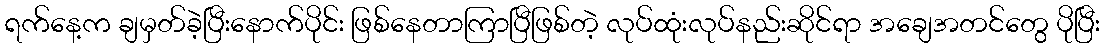
ရက်နေ့က ချမှတ်ခဲ့ပြီးနောက်ပိုင်း ဖြစ်နေတာကြာပြီဖြစ်တဲ့ လုပ်ထုံးလုပ်နည်းဆိုင်ရာ အချေအတင်တွေ ပိုပြီး